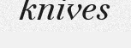
knives